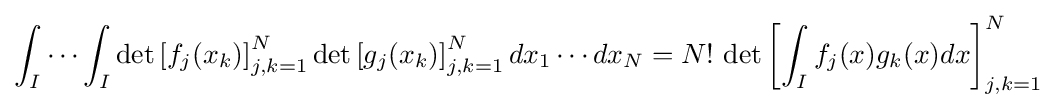
\int _{I}\cdots \int _{I}\det \left[f_{j}(x_{k})\right]_{j,k=1}^{N}\det \left[g_{j}(x_{k})\right]_{j,k=1}^{N}dx_{1}\cdots dx_{N}=N!\,\det \left[\int _{I}f_{j}(x)g_{k}(x)dx\right]_{j,k=1}^{N}